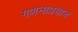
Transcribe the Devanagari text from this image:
गणनाप्रधान